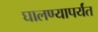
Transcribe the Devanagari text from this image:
घालण्यापर्यंत